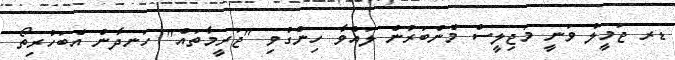
ޑރ ޖަމީލު ވަނީ މަޖިލީސް މެންބަރުން ލައްވާ ހިންގުވި "ޖަރީމާތައް" ހަނދާން އެބަހުރިތޯ